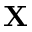
\mathbf { X }